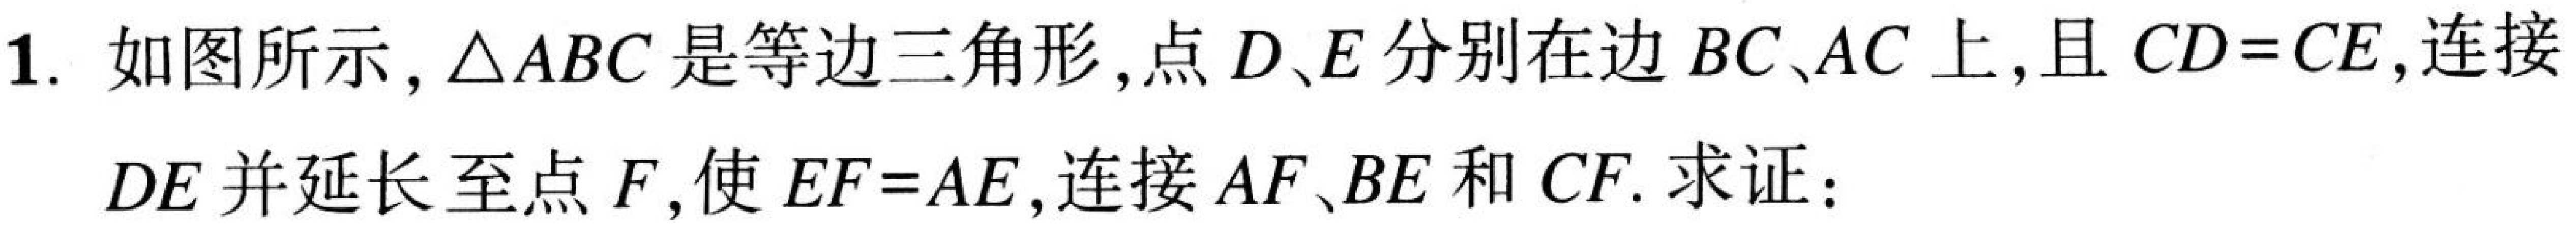
1. 如图所示，\(\triangle ABC\)是等边三角形，点\(D、E\)分别在边\(BC、AC\)上，且\(CD = CE\)，连接\(DE\)并延长至点\(F\)，使\(EF = AE\)，连接\(AF、BE\)和\(CF\). 求证：